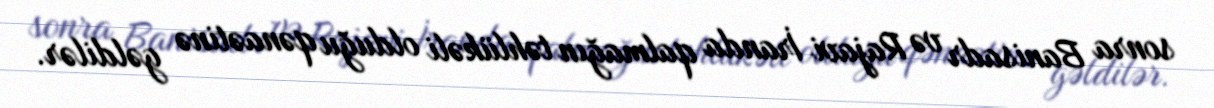
sonra Banisadr və Rajavi İranda qalmağın təhlükəli olduğu qənaətinə gəldilər.